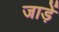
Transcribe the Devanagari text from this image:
जाड़ें